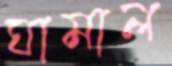
ঘামাল